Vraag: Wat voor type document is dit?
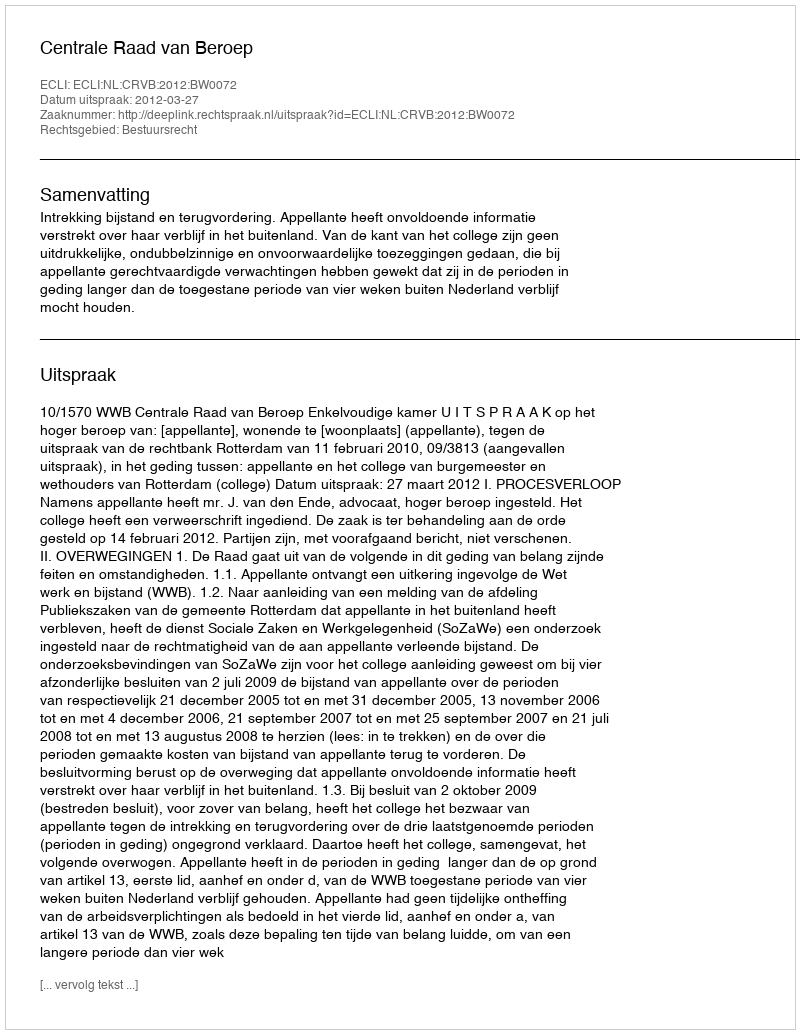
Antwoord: Uitspraak